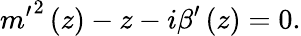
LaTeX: {m^{\prime}}^{2}\left(z\right)-z-i\beta^{\prime}\left(z\right)=0.